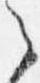
之